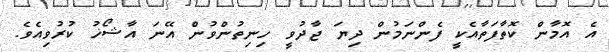
އެ އޮމާން ކޮތާފަތާއެކީ ފެންނަމުން ދިޔަ ޖާދުވީ ހިނިތުންވުން އޭނަ އާޝޯޚު ކުރުވިއެވެ.